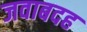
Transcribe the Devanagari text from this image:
जवाबदह